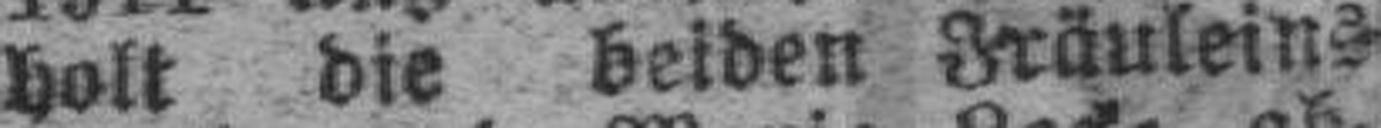
holt die beiden Fräuleins